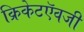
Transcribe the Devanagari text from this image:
क्रिकेटऍवजी